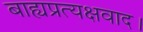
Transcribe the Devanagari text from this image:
बाह्यप्रत्यक्षवाद।